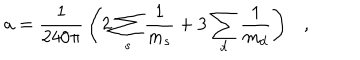
LaTeX: a = { \frac { 1 } { 2 4 0 \pi } } \left( 2 \sum _ { s } { \frac { 1 } { m _ { s } } } + 3 \sum _ { d } { \frac { 1 } { m _ { d } } } \right) ,